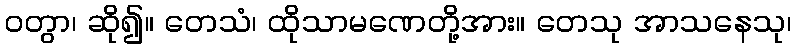
ဝတွာ၊ ဆို၍။ တေသံ၊ ထိုသာမဏေတို့အား။ တေသု အာသနေသု၊